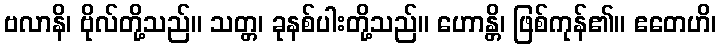
ဗလာနိ၊ ဗိုလ်တို့သည်။ သတ္တ၊ ခုနစ်ပါးတို့သည်။ ဟောန္တိ၊ ဖြစ်ကုန်၏။ ဧတေဟိ၊